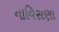
નાવિસણા